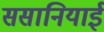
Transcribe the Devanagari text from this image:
ससानियाई